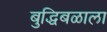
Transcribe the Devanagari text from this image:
बुद्धिबळाला